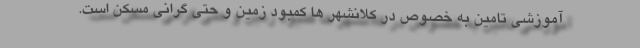
آموزشی تامین به خصوص در کلانشهر ها کمبود زمین و حتی گرانی مسکن است.